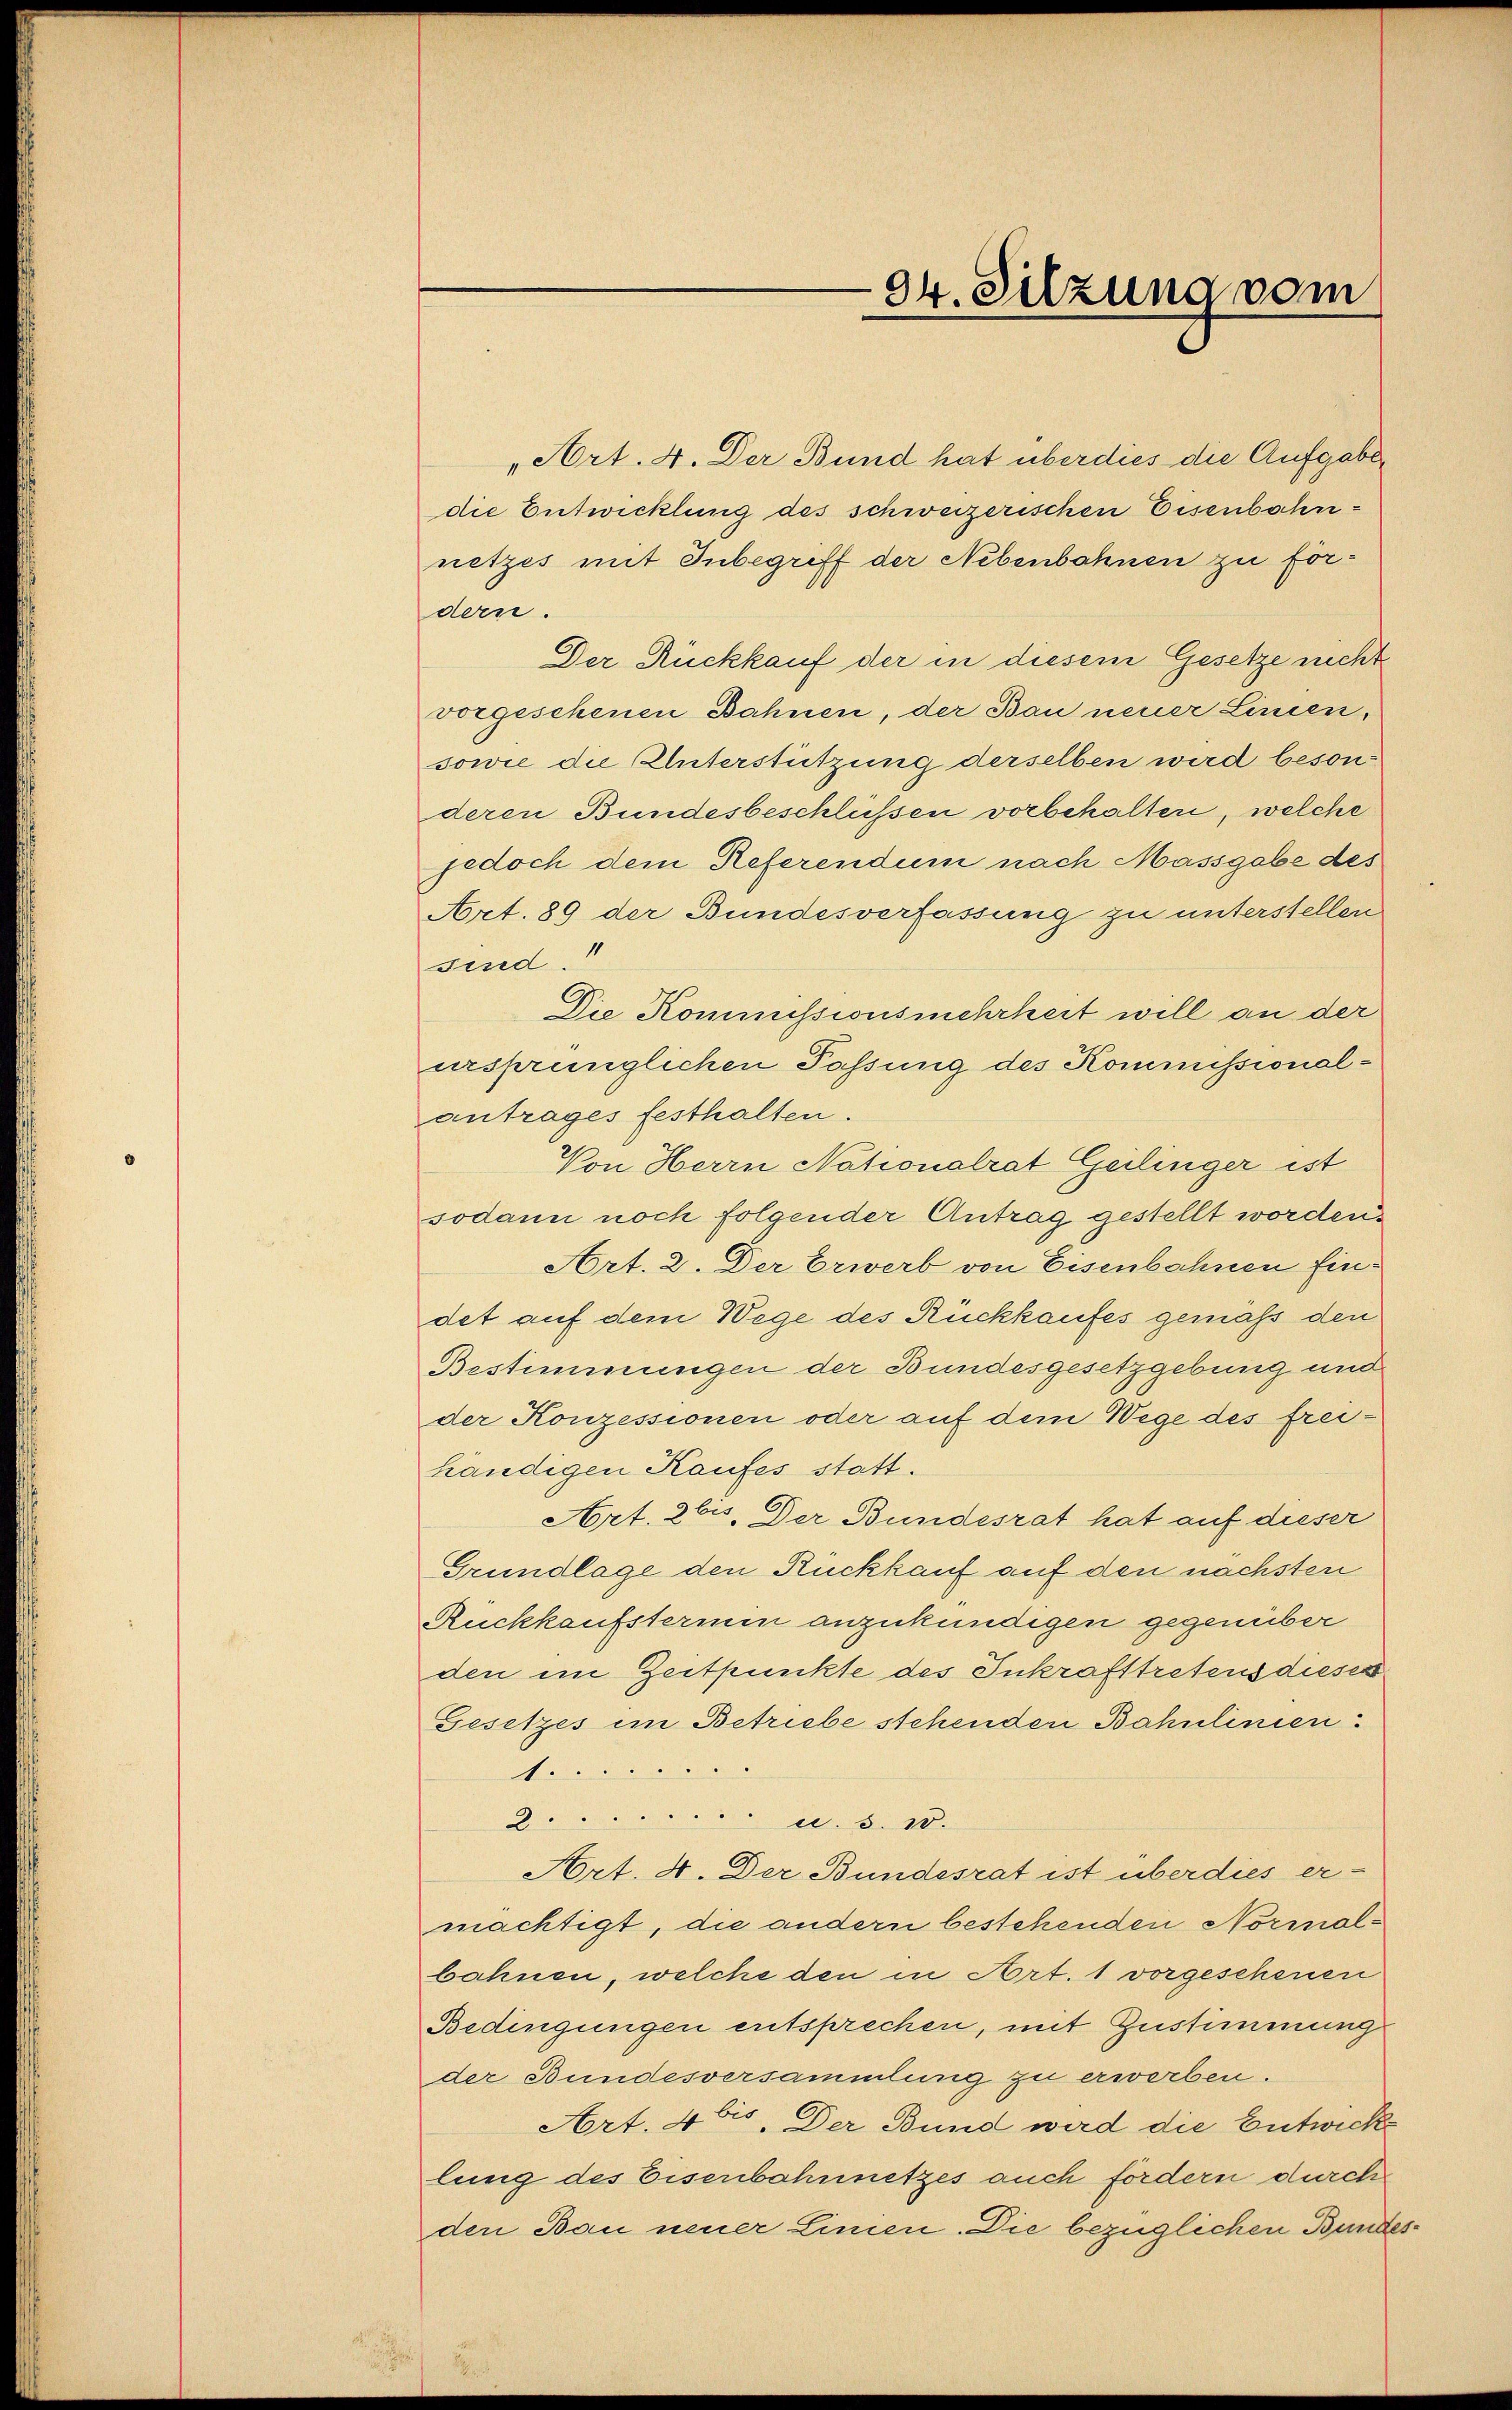
„Art. 4. Der Bund hat überdies die Aufgabe
die Entwicklung des schweizerischen Eisenbahnnetzes mit Inbegriff der Nebenbahnen zu for-
dern.
Der Rückkauf der in diesem Gesetze nicht
vorgeschenen Bahnen, der Bau neuer Linien,
sowie die Unterstützung derselben wird besonderen Bundesbeschlüssen vorbehalten, welche
jedoch dem Referendum nach Massgabe des
Art. 89 der Bundesverfassung zu unterstellen
sind.
Die Kommissionsmehrheit will an der
ursprünglichen Passung des Kommissionalantrages festhalten.
Von Herrn Nationalrat Geilinger ist
sodann noch folgender Antrag gestellt worden.
Art. 2. Der Erwerb von Eisenbahnen Eindet auf dem Wege des Rückkaufes gemäß den
Bestimmungen der Bundesgesetzgebung und
der Konzessionen oder auf dem Wege des freihändigen Kaufes statt.
Art. 2 bis. Der Bundesrat hat auf dieser
Grundlage den Rückkauf auf den nächster
Rückkaufstermin anzukündigen gegenüber
den im Zeitpunkte des Inkrafttretens dieses
Gesetzes im Betriebe stehenden Bahnlinien
N
 u. S. 10.
Art. 4. Der Bundesrat ist überdies ermächtigt, die andern bestehenden Normolbahnen, welche den in Art. 1 vorgeschenen
Bedingungen entsprechen, mit Zustimmung
der Bundesversammlung zu erwerben.
Art. 4 bis. Der Bund wird die Entwicke
lung des Eisenbahnnetzes auch fördern durch
den Bau neuer Linien. Die bezüglichen Bundes¬

94. Sitzung vom